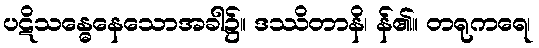
ပဋိသန္ဓေနေသောအခါ၌။ ဒဿိတာနိ၊ န်၏။ တရုကရေ၊